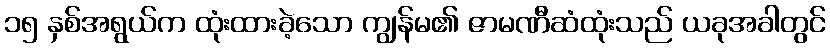
၁၅ နှစ်အရွယ်က ထုံးထားခဲ့သော ကျွန်မ၏ ဇာမဏီဆံထုံးသည် ယခုအခါတွင်